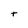
Character: t